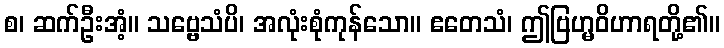
စ၊ ဆက်ဦးအံ့။ သဗ္ဗေသံပိ၊ အလုံးစုံကုန်သော။ ဧတေသံ၊ ဤဗြဟ္မဝိဟာရတို့၏။